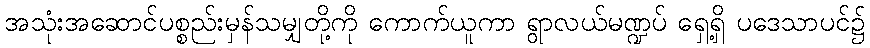
အသုံးအဆောင်ပစ္စည်းမှန်သမျှတို့ကို ကောက်ယူကာ ရွာလယ်မဏ္ဍပ် ရှေ့ရှိ ပဒေသာပင်၌